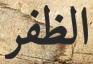
الظفر